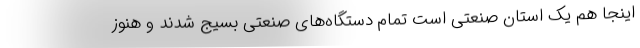
اینجا هم یک استان صنعتی است تمام دستگاه‌های صنعتی بسیج شدند و هنوز